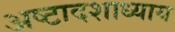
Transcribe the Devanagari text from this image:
अष्टादशाध्याय